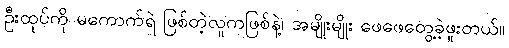
ဦးထုပ်ကို မကောက်ရဲ ဖြစ်တဲ့လူကဖြစ်နဲ့၊ အမျိုးမျိုး ဖေဖေတွေ့ခဲ့ဖူးတယ်။